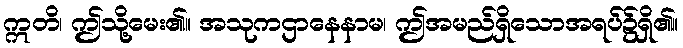
ဣတိ၊ ဤသို့မေး၏။ အသုကဌာနေနာမ၊ ဤအမည်ရှိသောအရပ်၌ရှိ၏။